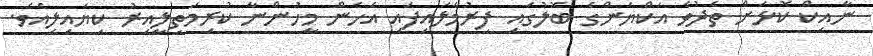
ނާއިކް ކޮޅަށް ތެދުވެ އަކްޔަންގެ ބޮލުގައި ފިރުމާލައިފައި އެހެން މީހުންނާ ކުރިމަތިލީއިރު ކިޔައިލިއެވެ.